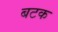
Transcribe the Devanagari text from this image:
बटक